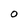
Character: o